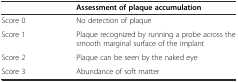
<table><thead><tr><td></td><td><b>Assessment of plaque accumulation</b></td></tr></thead><tbody><tr><td>Score 0</td><td>No detection of plaque</td></tr><tr><td>Score 1</td><td>Plaque recognized by running a probe across the smooth marginal surface of the implant</td></tr><tr><td>Score 2</td><td>Plaque can be seen by the naked eye</td></tr><tr><td>Score 3</td><td>Abundance of soft matter</td></tr></tbody></table>